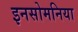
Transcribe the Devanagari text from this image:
इनसोमनिया